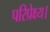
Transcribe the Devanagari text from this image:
परिप्रेक्ष्य।